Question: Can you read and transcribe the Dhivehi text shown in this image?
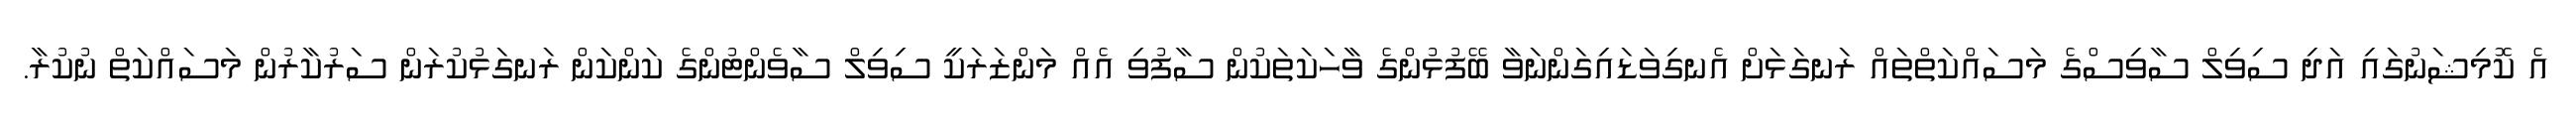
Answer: އެ ކޮމިޝަނުގައި އަދި ސިވިލް ސާވިސްގެ މަސައްކަތްތައް ރަނގަޅަށް އެނގިވަޑައިގަންނަވާ ބޭފުޅުންގެ ވާހަކަތަކުން ސާފުވި އެއް މަންޒަރަކީ ސިވިލް ސާވެންޓުންގެ ކަންކަން ރަނގަޅުކުރަން ސަރުކާރުން މަސައްކަތް ނުކުރާ.